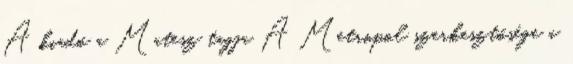
A kiadó a Matesz tagja A Metropol szerkesztősége a